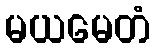
မယမေတံ